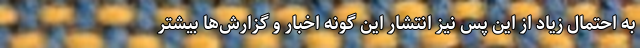
به احتمال زیاد از این پس نیز انتشار این گونه اخبار و گزارش‌ها بیشتر